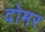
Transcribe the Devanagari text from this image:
दोमर